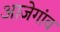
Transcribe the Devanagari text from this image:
आजेगांव